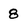
Character: 8